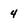
Character: 4